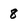
Character: 8